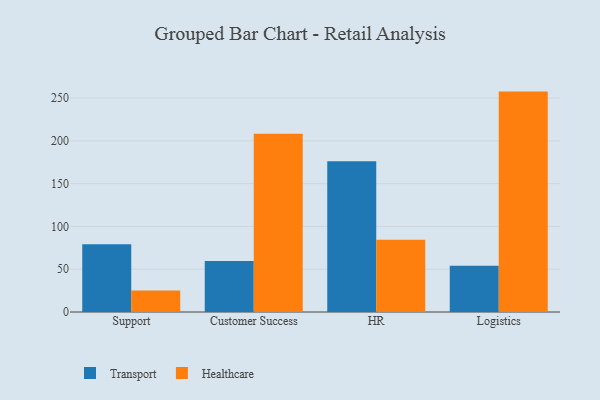
{"axis": {"x": "Department", "y": "LTV (USD)"}, "legend": ["Healthcare", "Transport"], "data": [{"x": "Support", "y": 79.2, "type": "Transport"}, {"x": "Support", "y": 25.1, "type": "Healthcare"}, {"x": "Customer Success", "y": 59.6, "type": "Transport"}, {"x": "Customer Success", "y": 208.4, "type": "Healthcare"}, {"x": "HR", "y": 176.1, "type": "Transport"}, {"x": "HR", "y": 84.5, "type": "Healthcare"}, {"x": "Logistics", "y": 54.0, "type": "Transport"}, {"x": "Logistics", "y": 257.6, "type": "Healthcare"}]}